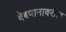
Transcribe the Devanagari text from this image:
वेबपानावरील